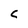
Character: c